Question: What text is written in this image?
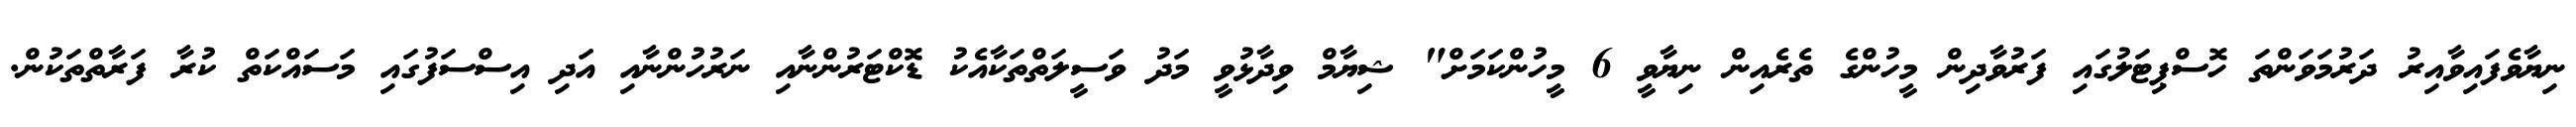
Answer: ނިޔާވެފައިވާއިރު ދަރުމަވަންތަ ހޮސްޕިޓަލުގައި ފަރުވާދިން މީހުންގެ ތެރެއިން ނިޔާވީ 6 މީހުންކަމަށް" ޝިޔާމް ވިދާޅުވީ މަދު ވަސީލަތްތަކާއެކު ޑޮކްޓަރުންނާއި ނަރުހުންނާއި އަދި އިސްސަފުގައި މަސައްކަތް ކުރާ ފަރާތްތަކުން.